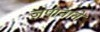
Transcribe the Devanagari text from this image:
जपानाने